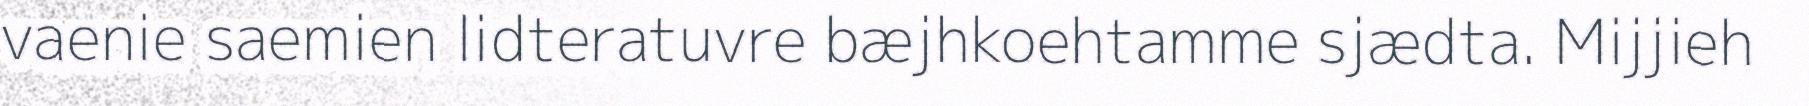
vaenie saemien lidteratuvre bæjhkoehtamme sjædta. Mijjieh